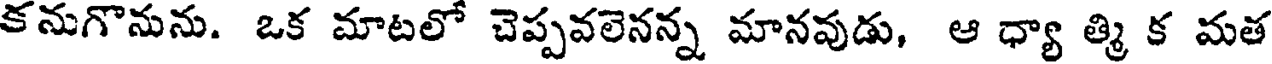
కనుగొనును. ఒక మాటలో చెప్పవలెనన్న మానవుడు, ఆ ధ్యా త్మి క మత